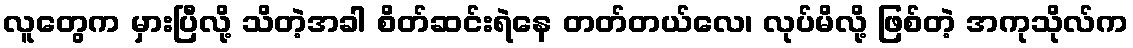
လူတွေက မှားပြီလို့ သိတဲ့အခါ စိတ်ဆင်းရဲနေ တတ်တယ်လေ၊ လုပ်မိလို့ ဖြစ်တဲ့ အကုသိုလ်က